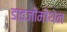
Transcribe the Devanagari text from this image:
डाइजोमोथेन